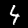
Label: 4